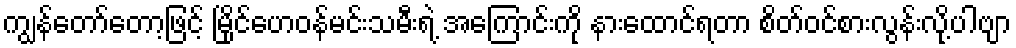
ကျွန်တော်တော့ဖြင့် မြိုင်ဟေဝန်မင်းသမီးရဲ့ အကြောင်းကို နားထောင်ရတာ စိတ်ဝင်စားလွန်းလို့ပါဗျာ